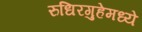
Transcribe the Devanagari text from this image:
रुधिरगुहेमध्ये